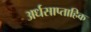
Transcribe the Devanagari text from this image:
अर्धसाप्ताहिक